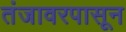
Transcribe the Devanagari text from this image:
तंजावरपासून